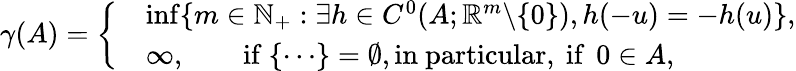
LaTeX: \gamma(A)=\left\{ \begin{array}{rl}&{\operatorname*{inf}\{ m\in\mathbb{N}_{+}:\exists h\in C^{0}(A;\mathbb{R}^{m}\backslash\{ 0\} ),h(-u)=-h(u)\} ,}\\ &{\infty,\quad\quad\mathrm{if~}\{ \cdots\} =\emptyset,\mathrm{in~particular,~if~}\, 0\in A,}\end{array}\right.